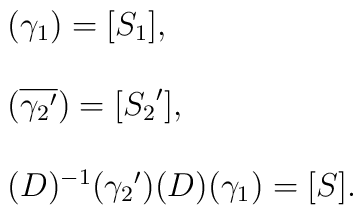
\left.\begin{array}{l}(\gamma_1)=[S_1],\\\\(\overline{{\gamma_2}'})=[{S_2}'],\\\\(D)^{-1}({\gamma_2}')(D)(\gamma_1)=[S].\\\end{array}\right.